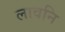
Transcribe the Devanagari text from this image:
लावनि